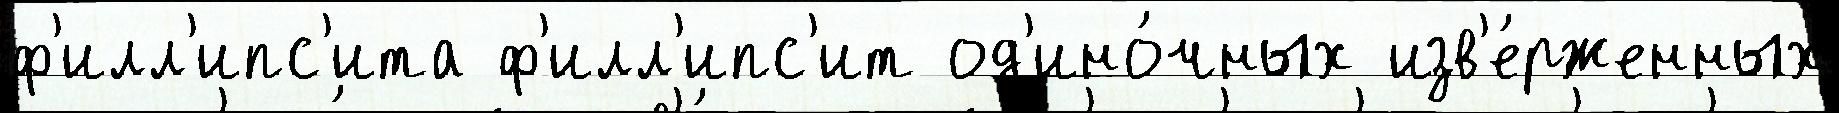
ф'илл'ипс'ита ф'илл'ипс'ит од'ино́чных изв'е́рженных